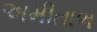
અમીતાભ